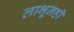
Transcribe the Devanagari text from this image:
लाभूनही